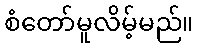
စံတော်မူလိမ့်မည်။